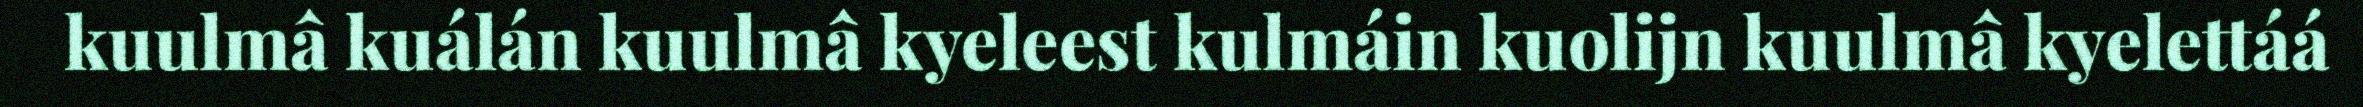
kuulmâ kuálán kuulmâ kyeleest kulmáin kuolijn kuulmâ kyelettáá